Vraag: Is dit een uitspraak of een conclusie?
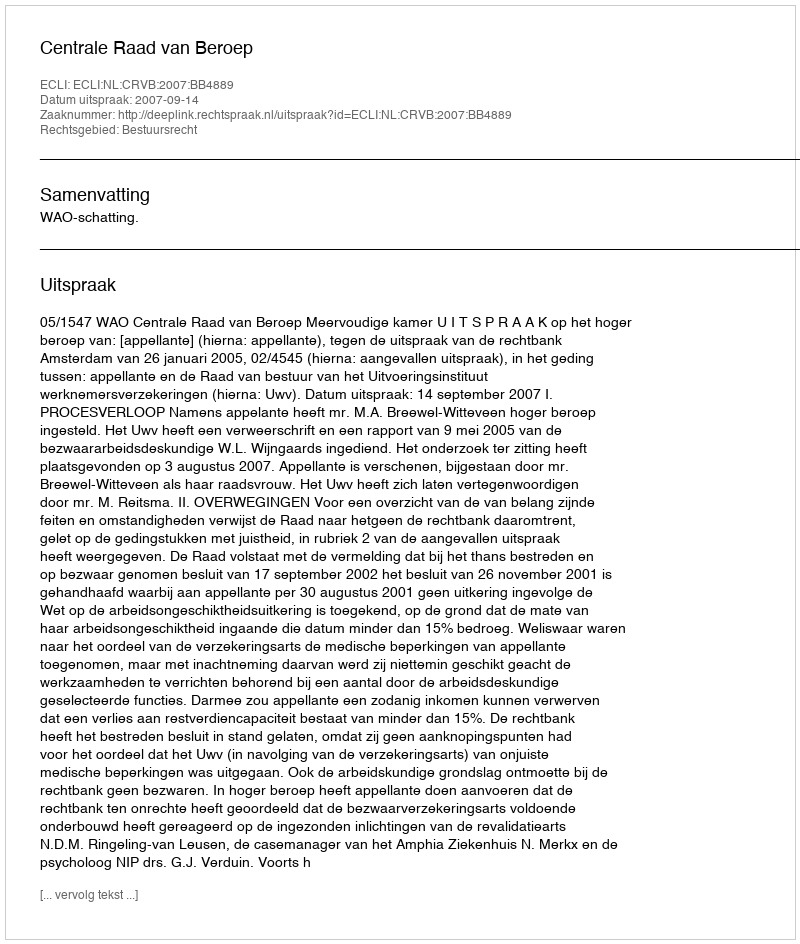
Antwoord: Uitspraak